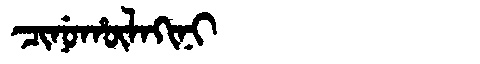
Manchu: ᠴᡳᠨᡠᡥᡡᠯᠠᡴᡳᠨᡳ
Romanization: CINUHŪLAKINI